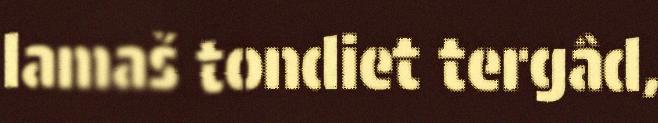
lamaš tondiet tergâd,